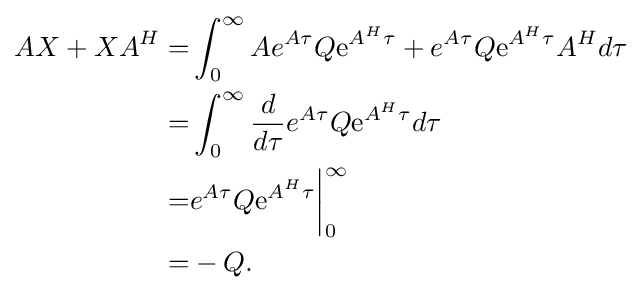
{\begin{aligned}AX+XA^{H}=&\int _{0}^{\infty }A{e}^{A\tau }Q\mathrm {e} ^{A^{H}\tau }+{e}^{A\tau }Q\mathrm {e} ^{A^{H}\tau }A^{H}d\tau \\=&\int _{0}^{\infty }{\frac {d}{d\tau }}{e}^{A\tau }Q\mathrm {e} ^{A^{H}\tau }d\tau \\=&{e}^{A\tau }Q\mathrm {e} ^{A^{H}\tau }{\bigg |}_{0}^{\infty }\\=&-Q.\end{aligned}}